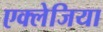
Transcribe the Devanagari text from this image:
एक्लेजिया